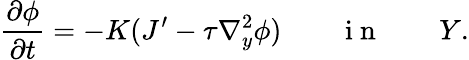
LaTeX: \frac{\partial\phi}{\partial t}=-K(J^{\prime}-\tau\nabla_{{y}}^{2}\phi)\qquad\mathrm{~i~n~}\qquad Y.